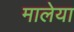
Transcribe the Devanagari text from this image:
मालेया